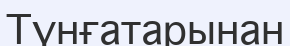
Түнғатарынан